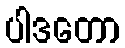
ပါဒတော